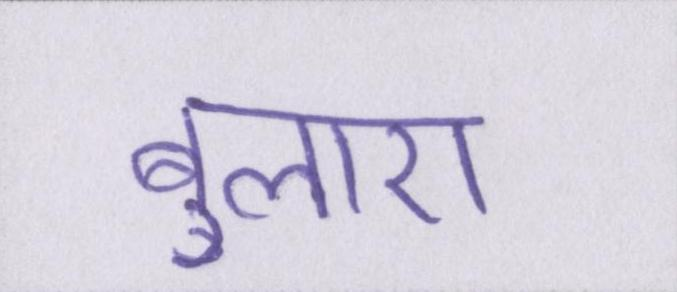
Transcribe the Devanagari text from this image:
बुलाए